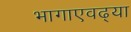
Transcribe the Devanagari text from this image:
भागाएवढ्या